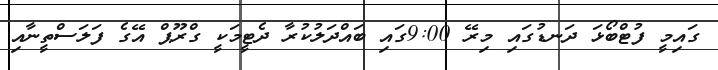
ގައިމީ ފުޓްބޯޅަ ދަނޑުގައި މިރޭ 9:00ގައި ބައްދަލުކުރާ ދެޓީމަކީ ގްރޫޕް އޭގެ ފަލަސްތީނާއި